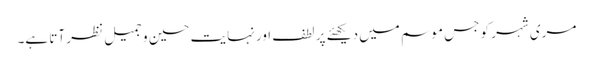
مری شہر کو جس موسم میں دیکھئے پر لطف اور نہایت حسین و جمیل نظر آتا ہے۔